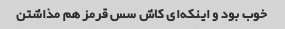
خوب بود و اینکه‌ای کاش سس قرمز هم مذاشتن